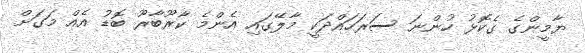
ޔާމީންގެ ގެކޮޅު ހުންނަ ސަރަހައްދަކީ މާލޭގައި އެންމެ ކާރޫބާރޫ ބޮޑު އެއް މަގަށް